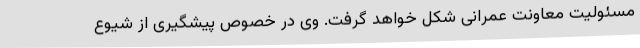
مسئولیت معاونت عمرانی شکل خواهد گرفت. وی در خصوص پیشگیری از شیوع